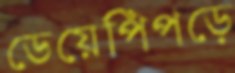
ডেয়েপিঁপড়ে